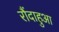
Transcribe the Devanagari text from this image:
रौंदाहुआ